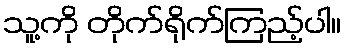
သူ့ကို တိုက်ရိုက်ကြည့်ပါ။